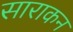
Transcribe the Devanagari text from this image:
साराकन